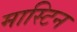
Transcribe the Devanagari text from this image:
मास्टिन